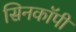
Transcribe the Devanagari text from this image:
सिनकाॅपी